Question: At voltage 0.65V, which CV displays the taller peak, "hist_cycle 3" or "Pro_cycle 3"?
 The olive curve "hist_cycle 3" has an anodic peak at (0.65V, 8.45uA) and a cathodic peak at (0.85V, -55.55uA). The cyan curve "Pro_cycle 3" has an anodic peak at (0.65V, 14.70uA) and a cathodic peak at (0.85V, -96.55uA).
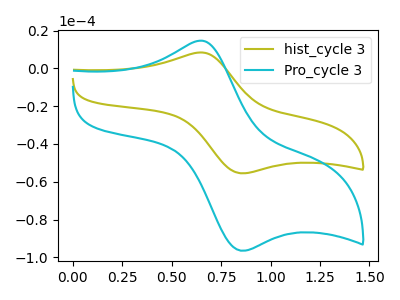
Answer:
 <answer>The peak at 0.65V is lower in "hist_cycle 3" than in "Pro_cycle 3".</answer>
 <eval>lower</eval>